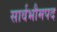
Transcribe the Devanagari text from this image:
सार्वभौमपद